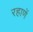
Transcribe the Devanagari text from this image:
रहाणें